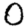
Digit: 0